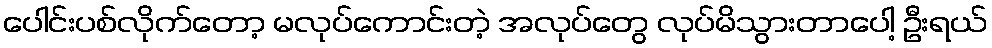
ပေါင်းပစ်လိုက်တော့ မလုပ်ကောင်းတဲ့ အလုပ်တွေ လုပ်မိသွားတာပေါ့ ဦးရယ်